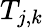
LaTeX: T_{j,k}